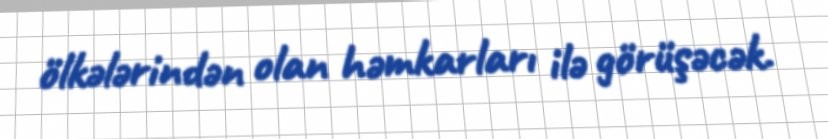
ölkələrindən olan həmkarları ilə görüşəcək.